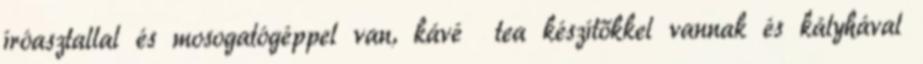
íróasztallal és mosogatógéppel van, kávé tea készítőkkel vannak és kályhával